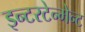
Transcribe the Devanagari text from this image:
इन्टरटेन्मेन्ट